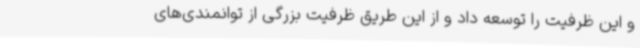
و این ظرفیت را توسعه داد و از این طریق ظرفیت بزرگی از توانمندی‌های